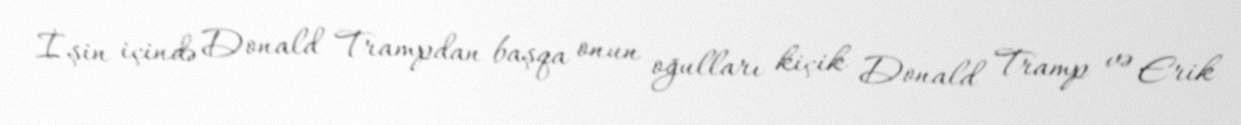
İşin içində Donald Trampdan başqa onun oğulları kiçik Donald Tramp və Erik